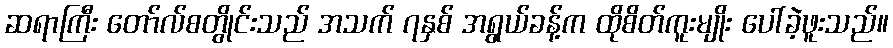
ဆရာကြီး တော်လ်စတွိုင်းသည် အသက် ၇နှစ် အရွယ်ခန့်က ထိုစိတ်ကူးမျိုး ပေါ်ခဲ့ဖူးသည်။